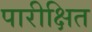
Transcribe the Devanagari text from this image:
पारीक्षित